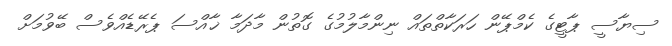
ސިޔާސީ ޕާޓީގެ ކެމްޕޭން ހަރަކާތްތައް ނިންމާލުމުގެ ގޮތުން މާދަމާ ޚާއްސަ ޕެރޭޑެއްވެސް ބޭވުމަށް